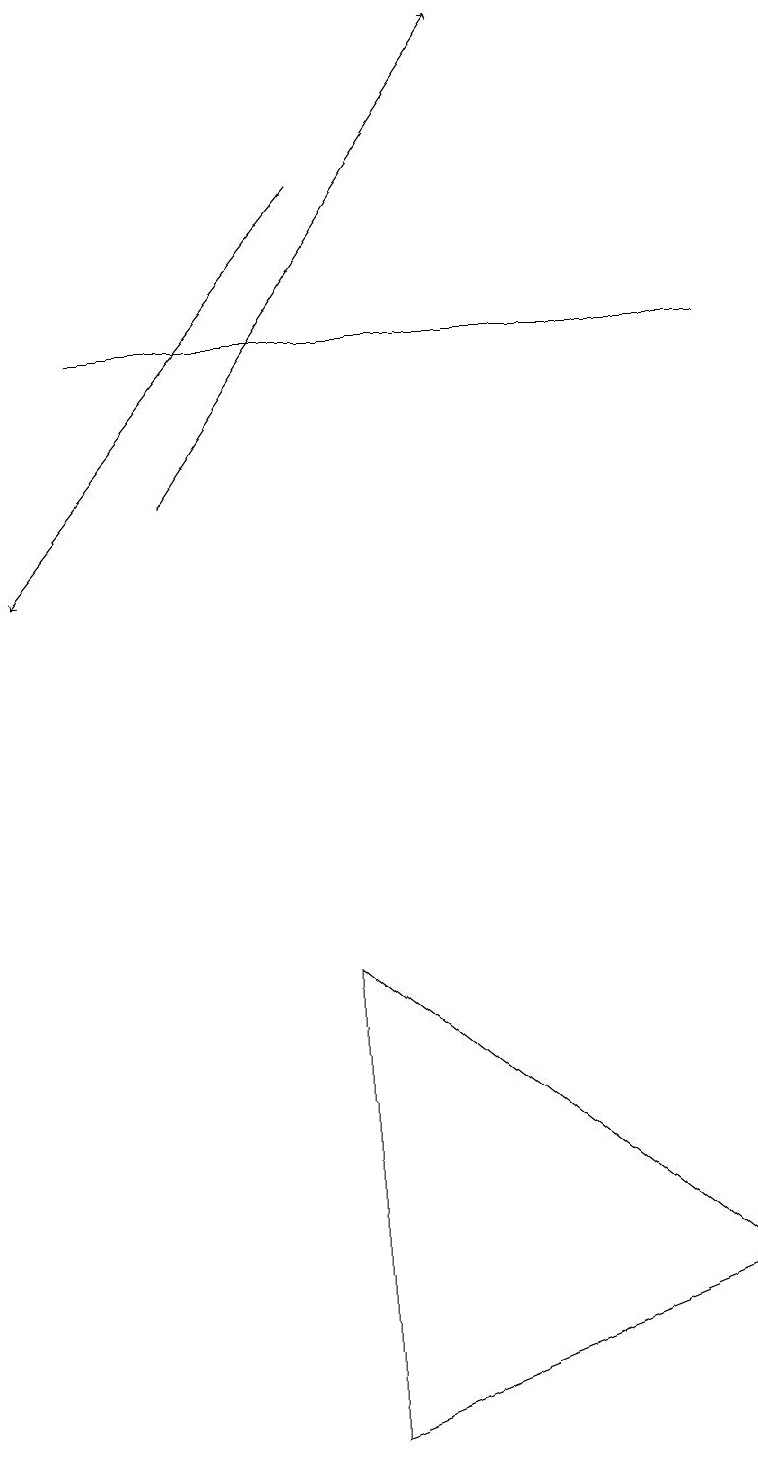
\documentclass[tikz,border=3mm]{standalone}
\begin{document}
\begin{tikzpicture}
\draw[->] (4,17) -- (0,12);
\draw (4,1) -- (4,7) -- (9,3) -- cycle;
\draw[->] (2,13) -- (6,19);
\draw (9,15) rectangle (1,15);
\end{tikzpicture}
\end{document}